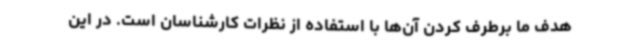
هدف ما برطرف کردن آن‌ها با استفاده از نظرات کارشناسان است. در این